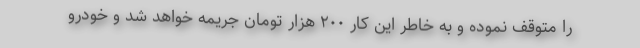
را متوقف نموده و به خاطر این کار ۲۰۰ هزار تومان جریمه خواهد شد و خودرو